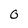
Character: 0